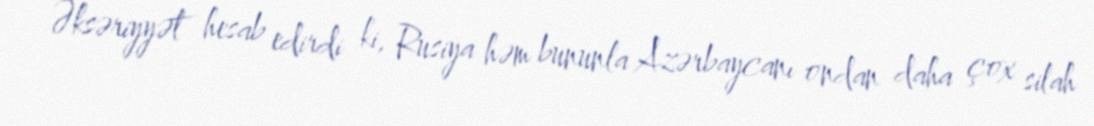
Əksəriyyət hesab edirdi ki, Rusiya həm bununla Azərbaycanı ondan daha çox silah